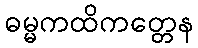
ဓမ္မကထိကတ္တေန